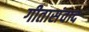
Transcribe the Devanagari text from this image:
गीतासंवाद